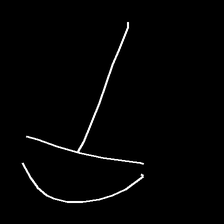
Glyph: dispersion